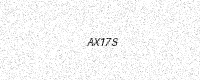
Text: AX17S